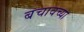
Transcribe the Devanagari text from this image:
बचावच्या